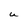
Character: U